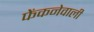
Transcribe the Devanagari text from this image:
फेंकनेवाली